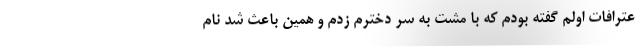
عترافات اولم گفته بودم که با مشت به سر دخترم زدم و همین باعث شد نام